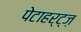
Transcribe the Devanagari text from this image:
पेटाहर्ट्ज़